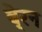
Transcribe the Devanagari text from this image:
बे्रन